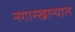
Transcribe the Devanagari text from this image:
नगारखान्यात